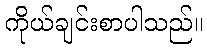
ကိုယ်ချင်းစာပါသည်။